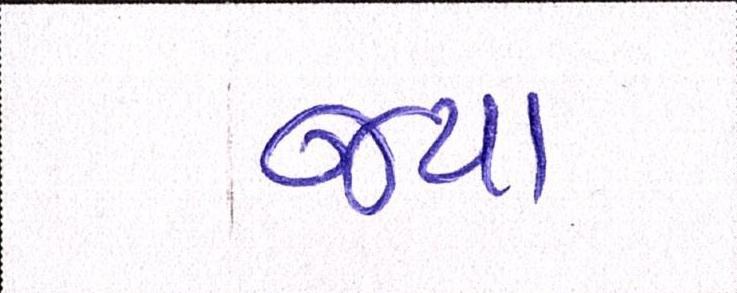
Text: જયા